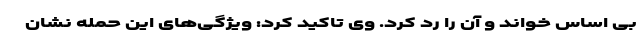
بی اساس خواند و آن را رد کرد. وی تاکید کرد: ویژگی‌های این حمله نشان